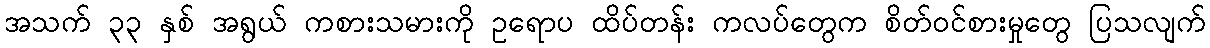
အသက် ၃၃ နှစ် အရွယ် ကစားသမားကို ဥရောပ ထိပ်တန်း ကလပ်တွေက စိတ်ဝင်စားမှုတွေ ပြသလျက်